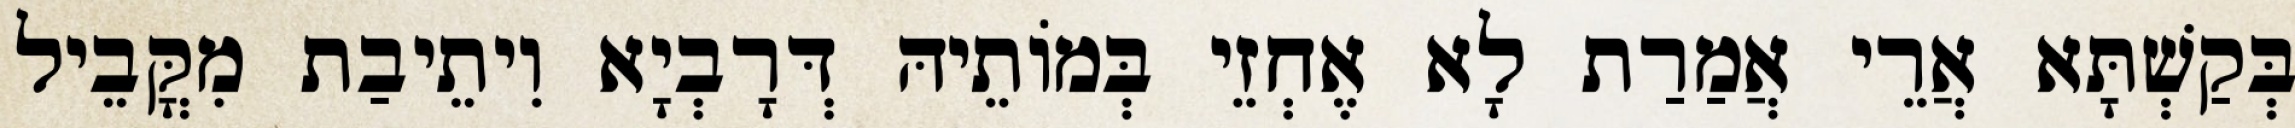
בְּקַשְׁתָּא אֲרֵי אֲמַרַת לָא אֶחְזֵי בְּמוֹתֵיהּ דְּרָבְיָא וִיתֵיבַת מִקֳּבֵיל